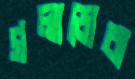
গলাডোবা